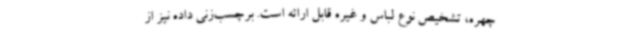
چهره، تشخیص نوع لباس و غیره قابل ارائه است. برچسب‌زنی داده نیز از